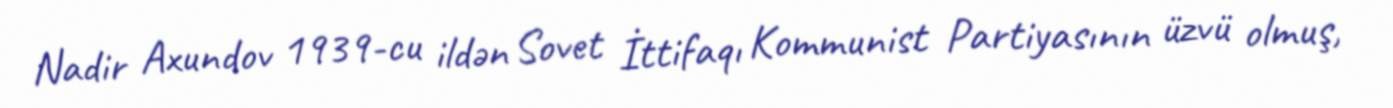
Nadir Axundov 1939-cu ildən Sovet İttifaqı Kommunist Partiyasının üzvü olmuş,